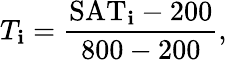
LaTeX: T_{\mathbf{i}}=\frac{{\mathrm{{SAT}}_{\mathbf{i}}-200}}{{800-200}},